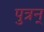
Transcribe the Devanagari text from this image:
पुत्रन्